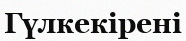
Гүлкекірені